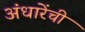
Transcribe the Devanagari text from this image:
अंधारेंची